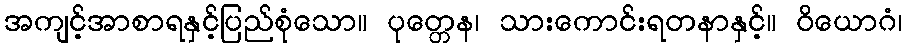
အကျင့်အာစာရနှင့်ပြည်စုံသော။ ပုတ္တေန၊ သားကောင်းရတနာနှင့်။ ဝိယောဂံ၊